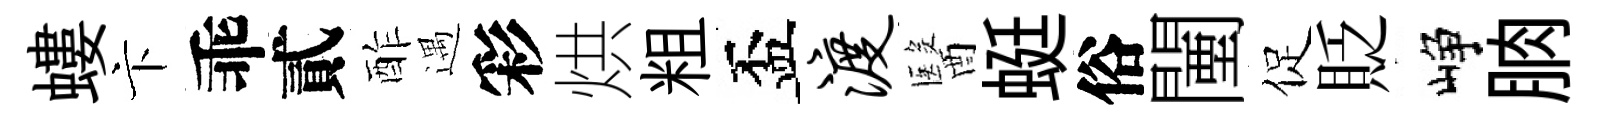
螻卞乖貳酢遇彩烘粗盃渡醫蜓俗闉促貶峥朒